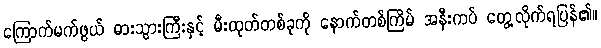
ကြောက်မက်ဖွယ် ဓားသွားကြီးနှင့် မီးထုတ်တစ်ခုကို နောက်တစ်ကြိမ် အနီးကပ် တွေ့လိုက်ရပြန်၏။